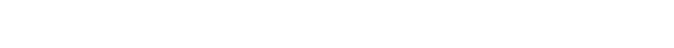
ဤအကြောင်းတို့ကြောင့်လည်း။ ဧတ္ထ၊ ဤပထမ မဟာကုသိုလ်စိတ်ဖြစ်ရာ၌။